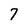
Character: 7